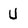
Character: U